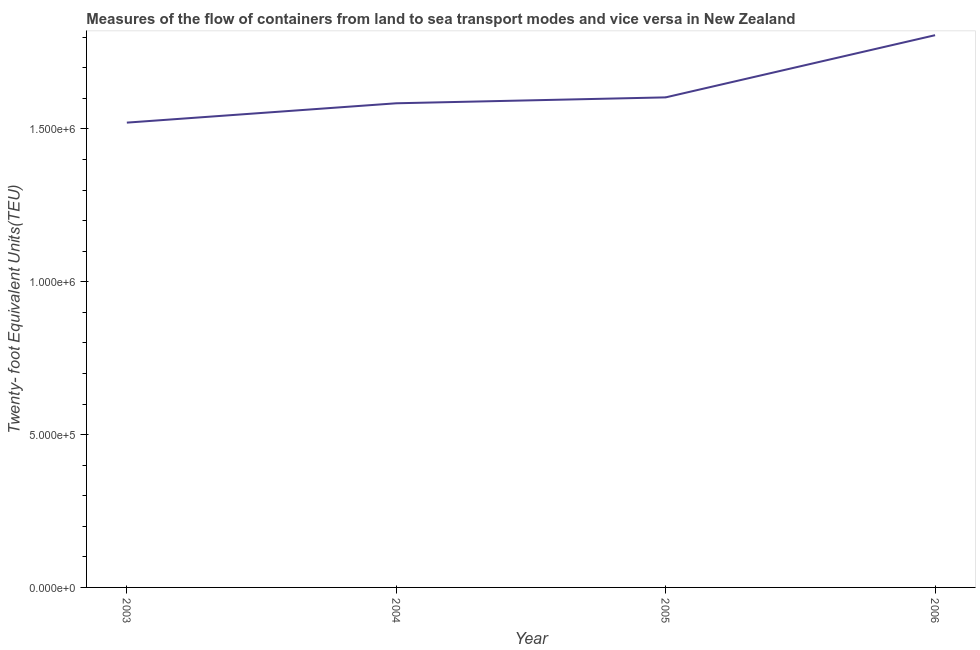
| Year | Container port traffic |
 | --- | --- |
 | 2003 | 1.52e+06 |
 | 2004 | 1.58e+06 |
 | 2005 | 1.6e+06 |
 | 2006 | 1.81e+06 |